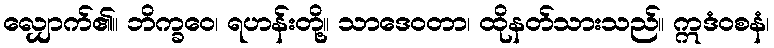
လျှောက်၏။ ဘိက္ခဝေ၊ ရဟန်းတို့။ သာဒေဝတာ၊ ထိုနတ်သားသည်။ ဣဒံဝစနံ၊